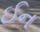
ઈન